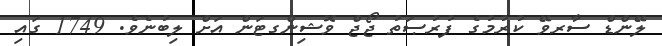
ލޭންޑް ސާރވޭ ކުރުމުގެ ފުރުޞަތު ޖޯޖް ވޮޝިންގޓަން އަށް ލިބުނެވެ. 1749 ގައި